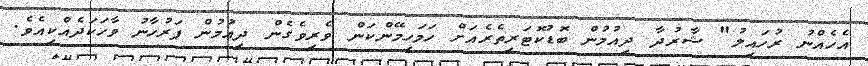
އެހެއްނު ރުހައިލު" ޝާރުދާ ދިއުމުން ބޮޑުކޮޓަރިތެރެއަށް ހަމަހިމޭންކަން ވެރިވެގެން ދިއުމުން ފަރުހާނު ވާހަކަދެއްކިއެވެ.